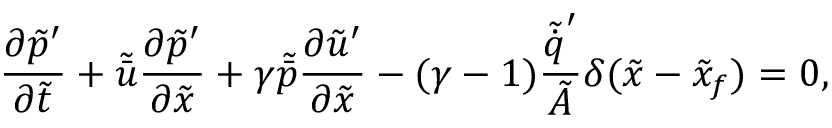
\ensuremath { \frac { \partial \tilde { p } ^ { \prime } } { \partial \tilde { t } } } + \tilde { \bar { u } } \ensuremath { \frac { \partial \tilde { p } ^ { \prime } } { \partial \tilde { x } } } + \gamma \tilde { \bar { p } } \ensuremath { \frac { \partial \tilde { u } ^ { \prime } } { \partial \tilde { x } } } - ( \gamma - 1 ) \frac { \tilde { \dot { q } } ^ { \prime } } { \tilde { A } } \delta ( \tilde { x } - \tilde { x } _ { f } ) = 0 ,